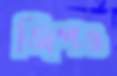
জিপও